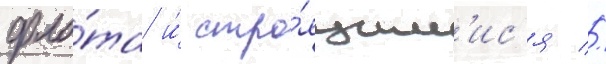
фло́та и́ стро́ящим'ис'я //